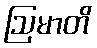
ဩမာတိ